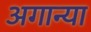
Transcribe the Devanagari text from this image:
अगान्या